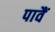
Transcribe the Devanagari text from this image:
पावैं